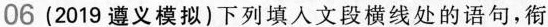
06(2019遵义模拟)下列填人文段横线处的语句，衔